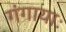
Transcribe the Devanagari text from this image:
गंगायाः